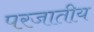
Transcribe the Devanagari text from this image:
परजातीय